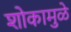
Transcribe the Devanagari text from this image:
शोकामुळे